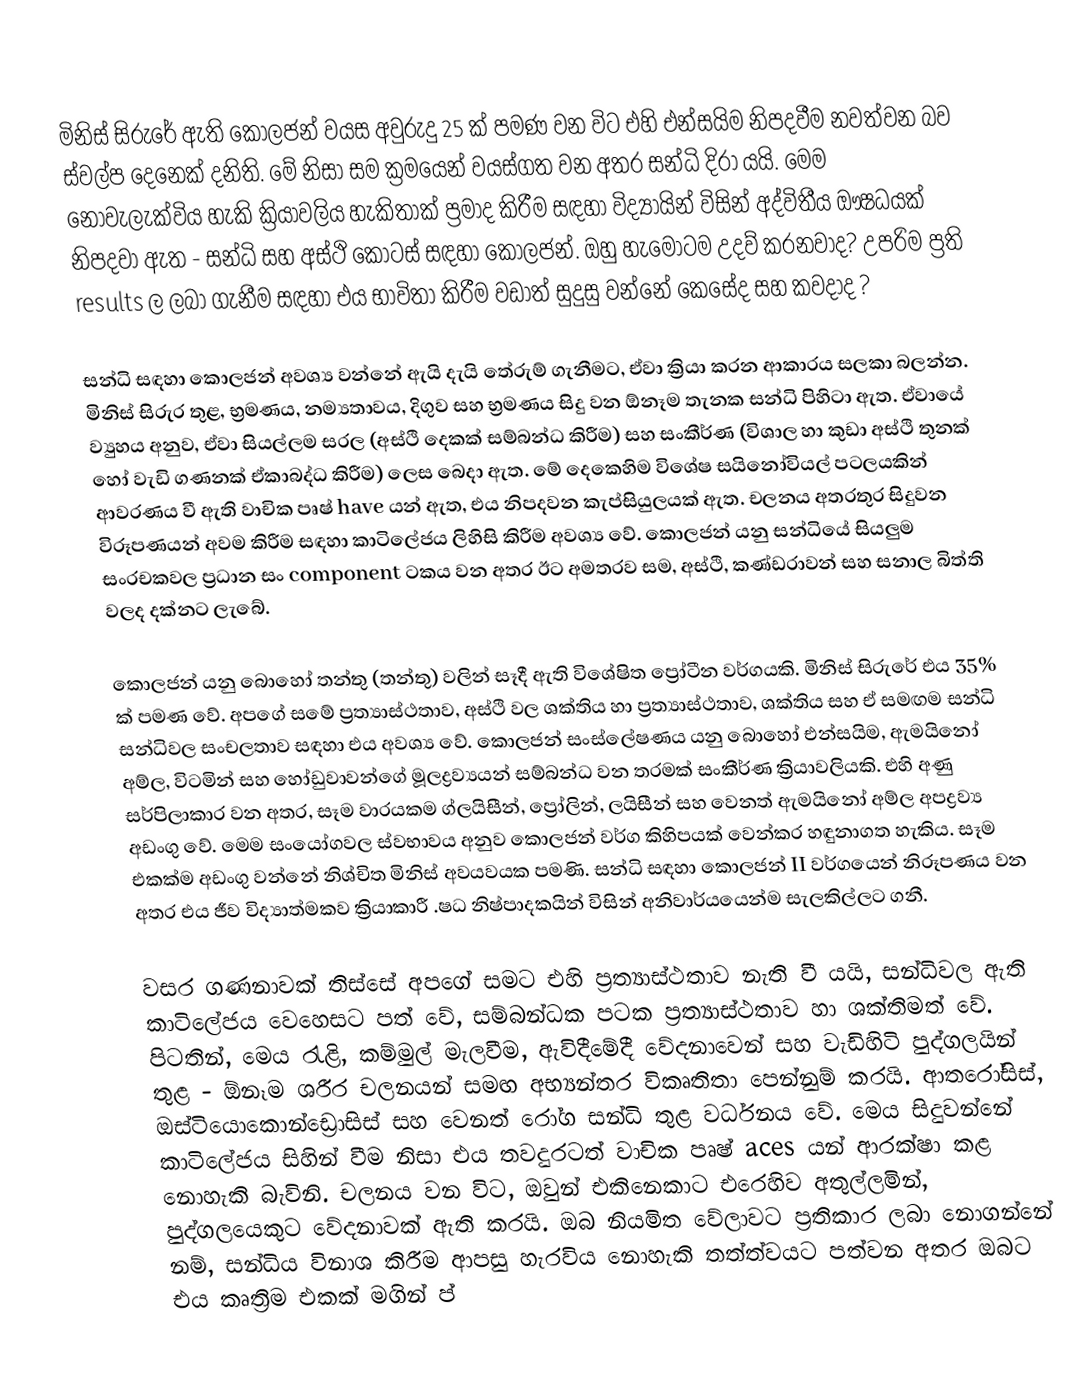
මිනිස් සිරුරේ ඇති කොලජන් වයස අවුරුදු 25 ක් පමණ වන විට එහි එන්සයිම නිපදවීම නවත්වන බව ස්වල්ප දෙනෙක් දනිති. මේ නිසා සම ක්‍රමයෙන් වයස්ගත වන අතර සන්ධි දිරා යයි. මෙම නොවැලැක්විය හැකි ක්‍රියාවලිය හැකිතාක් ප්‍රමාද කිරීම සඳහා විද්‍යායින් විසින් අද්විතීය ඖෂධයක් නිපදවා ඇත - සන්ධි සහ අස්ථි කොටස් සඳහා කොලජන්. ඔහු හැමෝටම උදව් කරනවාද? උපරිම ප්‍රති results ල ලබා ගැනීම සඳහා එය භාවිතා කිරීම වඩාත් සුදුසු වන්නේ කෙසේද සහ කවදාද ?

සන්ධි සඳහා කොලජන් අවශ්‍ය වන්නේ ඇයි දැයි තේරුම් ගැනීමට, ඒවා ක්‍රියා කරන ආකාරය සලකා බලන්න. මිනිස් සිරුර තුළ, භ්‍රමණය, නම්‍යතාවය, දිගුව සහ භ්‍රමණය සිදු වන ඕනෑම තැනක සන්ධි පිහිටා ඇත. ඒවායේ ව්‍යුහය අනුව, ඒවා සියල්ලම සරල (අස්ථි දෙකක් සම්බන්ධ කිරීම) සහ සංකීර්ණ (විශාල හා කුඩා අස්ථි තුනක් හෝ වැඩි ගණනක් ඒකාබද්ධ කිරීම) ලෙස බෙදා ඇත. මේ දෙකෙහිම විශේෂ සයිනෝවියල් පටලයකින් ආවරණය වී ඇති වාචික පෘෂ් have යන් ඇත, එය නිපදවන කැප්සියුලයක් ඇත. චලනය අතරතුර සිදුවන විරූපණයන් අවම කිරීම සඳහා කාටිලේජය ලිහිසි කිරීම අවශ්‍ය වේ. කොලජන් යනු සන්ධියේ සියලුම සංරචකවල ප්‍රධාන සං component ටකය වන අතර ඊට අමතරව සම, අස්ථි, කණ්ඩරාවන් සහ සනාල බිත්ති වලද දක්නට ලැබේ.

කොලජන් යනු බොහෝ තන්තු (තන්තු) වලින් සෑදී ඇති විශේෂිත ප්‍රෝටීන වර්ගයකි. මිනිස් සිරුරේ එය 35% ක් පමණ වේ. අපගේ සමේ ප්‍රත්‍යාස්ථතාව, අස්ථි වල ශක්තිය හා ප්‍රත්‍යාස්ථතාව, ශක්තිය සහ ඒ සමඟම සන්ධි සන්ධිවල සංචලතාව සඳහා එය අවශ්‍ය වේ. කොලජන් සංස්ලේෂණය යනු බොහෝ එන්සයිම, ඇමයිනෝ අම්ල, විටමින් සහ හෝඩුවාවන්ගේ මූලද්‍රව්‍යයන් සම්බන්ධ වන තරමක් සංකීර්ණ ක්‍රියාවලියකි. එහි අණු සර්පිලාකාර වන අතර, සෑම වාරයකම ග්ලයිසීන්, ප්‍රෝලින්, ලයිසීන් සහ වෙනත් ඇමයිනෝ අම්ල අපද්‍රව්‍ය අඩංගු වේ. මෙම සංයෝගවල ස්වභාවය අනුව කොලජන් වර්ග කිහිපයක් වෙන්කර හඳුනාගත හැකිය. සෑම එකක්ම අඩංගු වන්නේ නිශ්චිත මිනිස් අවයවයක පමණි. සන්ධි සඳහා කොලජන් II වර්ගයෙන් නිරූපණය වන අතර එය ජීව විද්‍යාත්මකව ක්‍රියාකාරී .ෂධ නිෂ්පාදකයින් විසින් අනිවාර්යයෙන්ම සැලකිල්ලට ගනී.

වසර ගණනාවක් තිස්සේ අපගේ සමට එහි ප්‍රත්‍යාස්ථතාව නැති වී යයි, සන්ධිවල ඇති කාටිලේජය වෙහෙසට පත් වේ, සම්බන්ධක පටක ප්‍රත්‍යාස්ථතාව හා ශක්තිමත් වේ. පිටතින්, මෙය රැළි, කම්මුල් මැලවීම, ඇවිදීමේදී වේදනාවෙන් සහ වැඩිහිටි පුද්ගලයින් තුළ - ඕනෑම ශරීර චලනයන් සමඟ අභ්‍යන්තර විකෘතිතා පෙන්නුම් කරයි. ආතරෝසිස්, ඔස්ටියොකොන්ඩ්‍රොසිස් සහ වෙනත් රෝග සන්ධි තුළ වර්ධනය වේ. මෙය සිදුවන්නේ කාටිලේජය සිහින් වීම නිසා එය තවදුරටත් වාචික පෘෂ් aces යන් ආරක්ෂා කළ නොහැකි බැවිනි. චලනය වන විට, ඔවුන් එකිනෙකාට එරෙහිව අතුල්ලමින්, පුද්ගලයෙකුට වේදනාවක් ඇති කරයි. ඔබ නියමිත වේලාවට ප්‍රතිකාර ලබා නොගන්නේ නම්, සන්ධිය විනාශ කිරීම ආපසු හැරවිය නොහැකි තත්ත්වයට පත්වන අතර ඔබට එය කෘත්‍රිම එකක් මගින් ප්